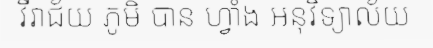
វីរាជ័យ ភូមិ បាន ហ្វាំង អនុវិទ្យាល័យ